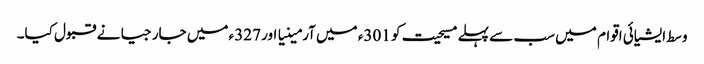
وسط ایشیائی اقوام میں سب سے پہلے مسیحیت کو 301ء میں آرمینیا اور 327ء میں جارجیا نے قبول کیا۔